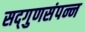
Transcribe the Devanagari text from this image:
सद्‌गुणसंपन्न